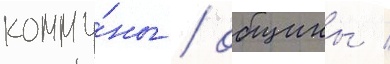
комму́ны / общины /